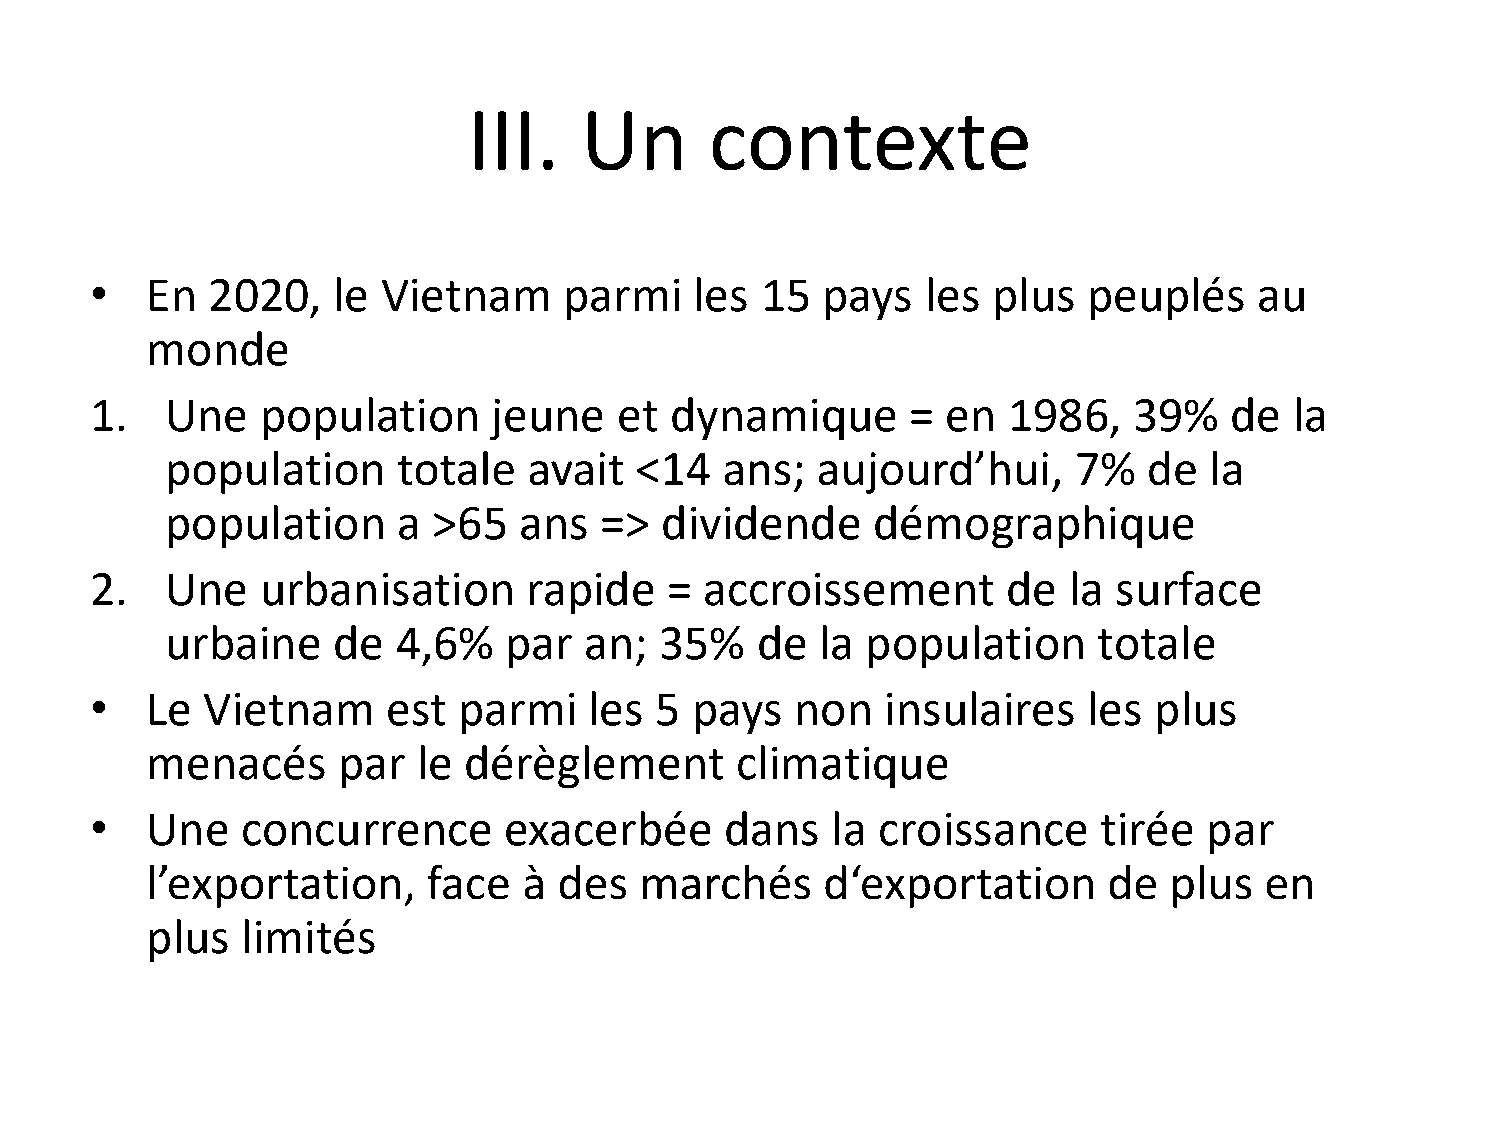
III.   Un       contexte
 •   En  2020,   le Vietnam     parmi    les 15  pays   les  plus  peuplés    au
 monde
 1.   Une   population      jeune   et dynamique       =  en  1986,   39%   de   la
 population     totale   avait  <14   ans;  aujourd’hui,     7%   de  la
 population     a  >65  ans   =>  dividende     démographique
 2.   Une   urbanisation      rapide   =  accroissement       de  la surface
 urbaine    de  4,6%   par   an;  35%   de  la population      totale
 •   Le Vietnam      est parmi    les 5  pays   non   insulaires   les plus
 menacés     par   le dérèglement       climatique
 •   Une   concurrence      exacerbée      dans   la croissance     tirée  par
 l’exportation,    face   à des  marchés     d‘exportation      de  plus   en
 plus  limités